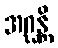
အဂ္ဃန္တိ